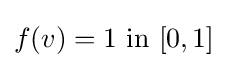
f(v)=1{\text{ in }}[0,1]